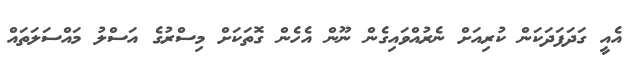
އެއީ ގަދަފަދަކަން ކުރިއަށް ނެރުއްވައިގެން ނޫން އެހެން ގޮތަކަށް މިސްރުގެ އަސްލު މައްސަލަތައް